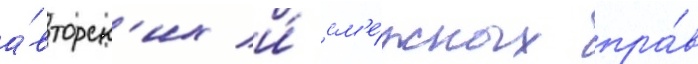
а́вторск'их и́ см'е́жных пра́в